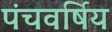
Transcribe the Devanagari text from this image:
पंचवर्षिय